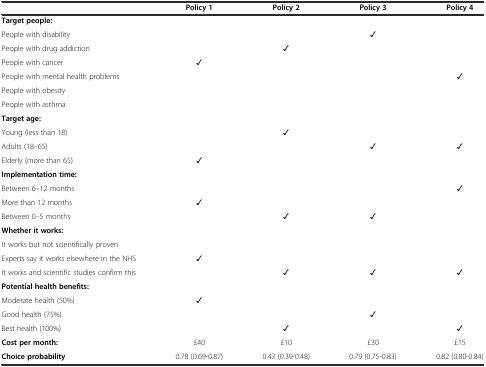
<table><thead><tr><td></td><td><b>Policy 1</b></td><td><b>Policy 2</b></td><td><b>Policy 3</b></td><td><b>Policy 4</b></td></tr></thead><tbody><tr><td><b>Target people:</b></td><td></td><td></td><td></td><td></td></tr><tr><td>People with disability</td><td></td><td></td><td>✓</td><td></td></tr><tr><td>People with drug addiction</td><td></td><td>✓</td><td></td><td></td></tr><tr><td>People with cancer</td><td>✓</td><td></td><td></td><td></td></tr><tr><td>People with mental health problems</td><td></td><td></td><td></td><td>✓</td></tr><tr><td>People with obesity</td><td></td><td></td><td></td><td></td></tr><tr><td>People with asthma</td><td></td><td></td><td></td><td></td></tr><tr><td><b>Target age:</b></td><td></td><td></td><td></td><td></td></tr><tr><td>Young (less than 18)</td><td></td><td>✓</td><td></td><td></td></tr><tr><td>Adults (18–65)</td><td></td><td></td><td>✓</td><td>✓</td></tr><tr><td>Elderly (more than 65)</td><td>✓</td><td></td><td></td><td></td></tr><tr><td><b>Implementation time:</b></td><td></td><td></td><td></td><td></td></tr><tr><td>Between 6–12 months</td><td></td><td></td><td></td><td>✓</td></tr><tr><td>More than 12 months</td><td>✓</td><td></td><td></td><td></td></tr><tr><td>Between 0–5 months</td><td></td><td>✓</td><td>✓</td><td></td></tr><tr><td><b>Whether it works:</b></td><td></td><td></td><td></td><td></td></tr><tr><td>It works but not scientifically proven</td><td></td><td></td><td></td><td></td></tr><tr><td>Experts say it works elsewhere in the NHS</td><td>✓</td><td></td><td></td><td></td></tr><tr><td>It works and scientific studies confirm this</td><td></td><td>✓</td><td>✓</td><td>✓</td></tr><tr><td><b>Potential health benefits:</b></td><td></td><td></td><td></td><td></td></tr><tr><td>Moderate health (50%)</td><td>✓</td><td></td><td></td><td></td></tr><tr><td>Good health (75%)</td><td></td><td></td><td>✓</td><td></td></tr><tr><td>Best health (100%)</td><td></td><td>✓</td><td></td><td>✓</td></tr><tr><td><b>Cost per month:</b></td><td>£40</td><td>£10</td><td>£30</td><td>£15</td></tr><tr><td><b>Choice probability</b></td><td>0.78 (0.69-0.87)</td><td>0.43 (0.39-0.48)</td><td>0.79 (0.75-0.83)</td><td>0.82 (0.80-0.84)</td></tr></tbody></table>